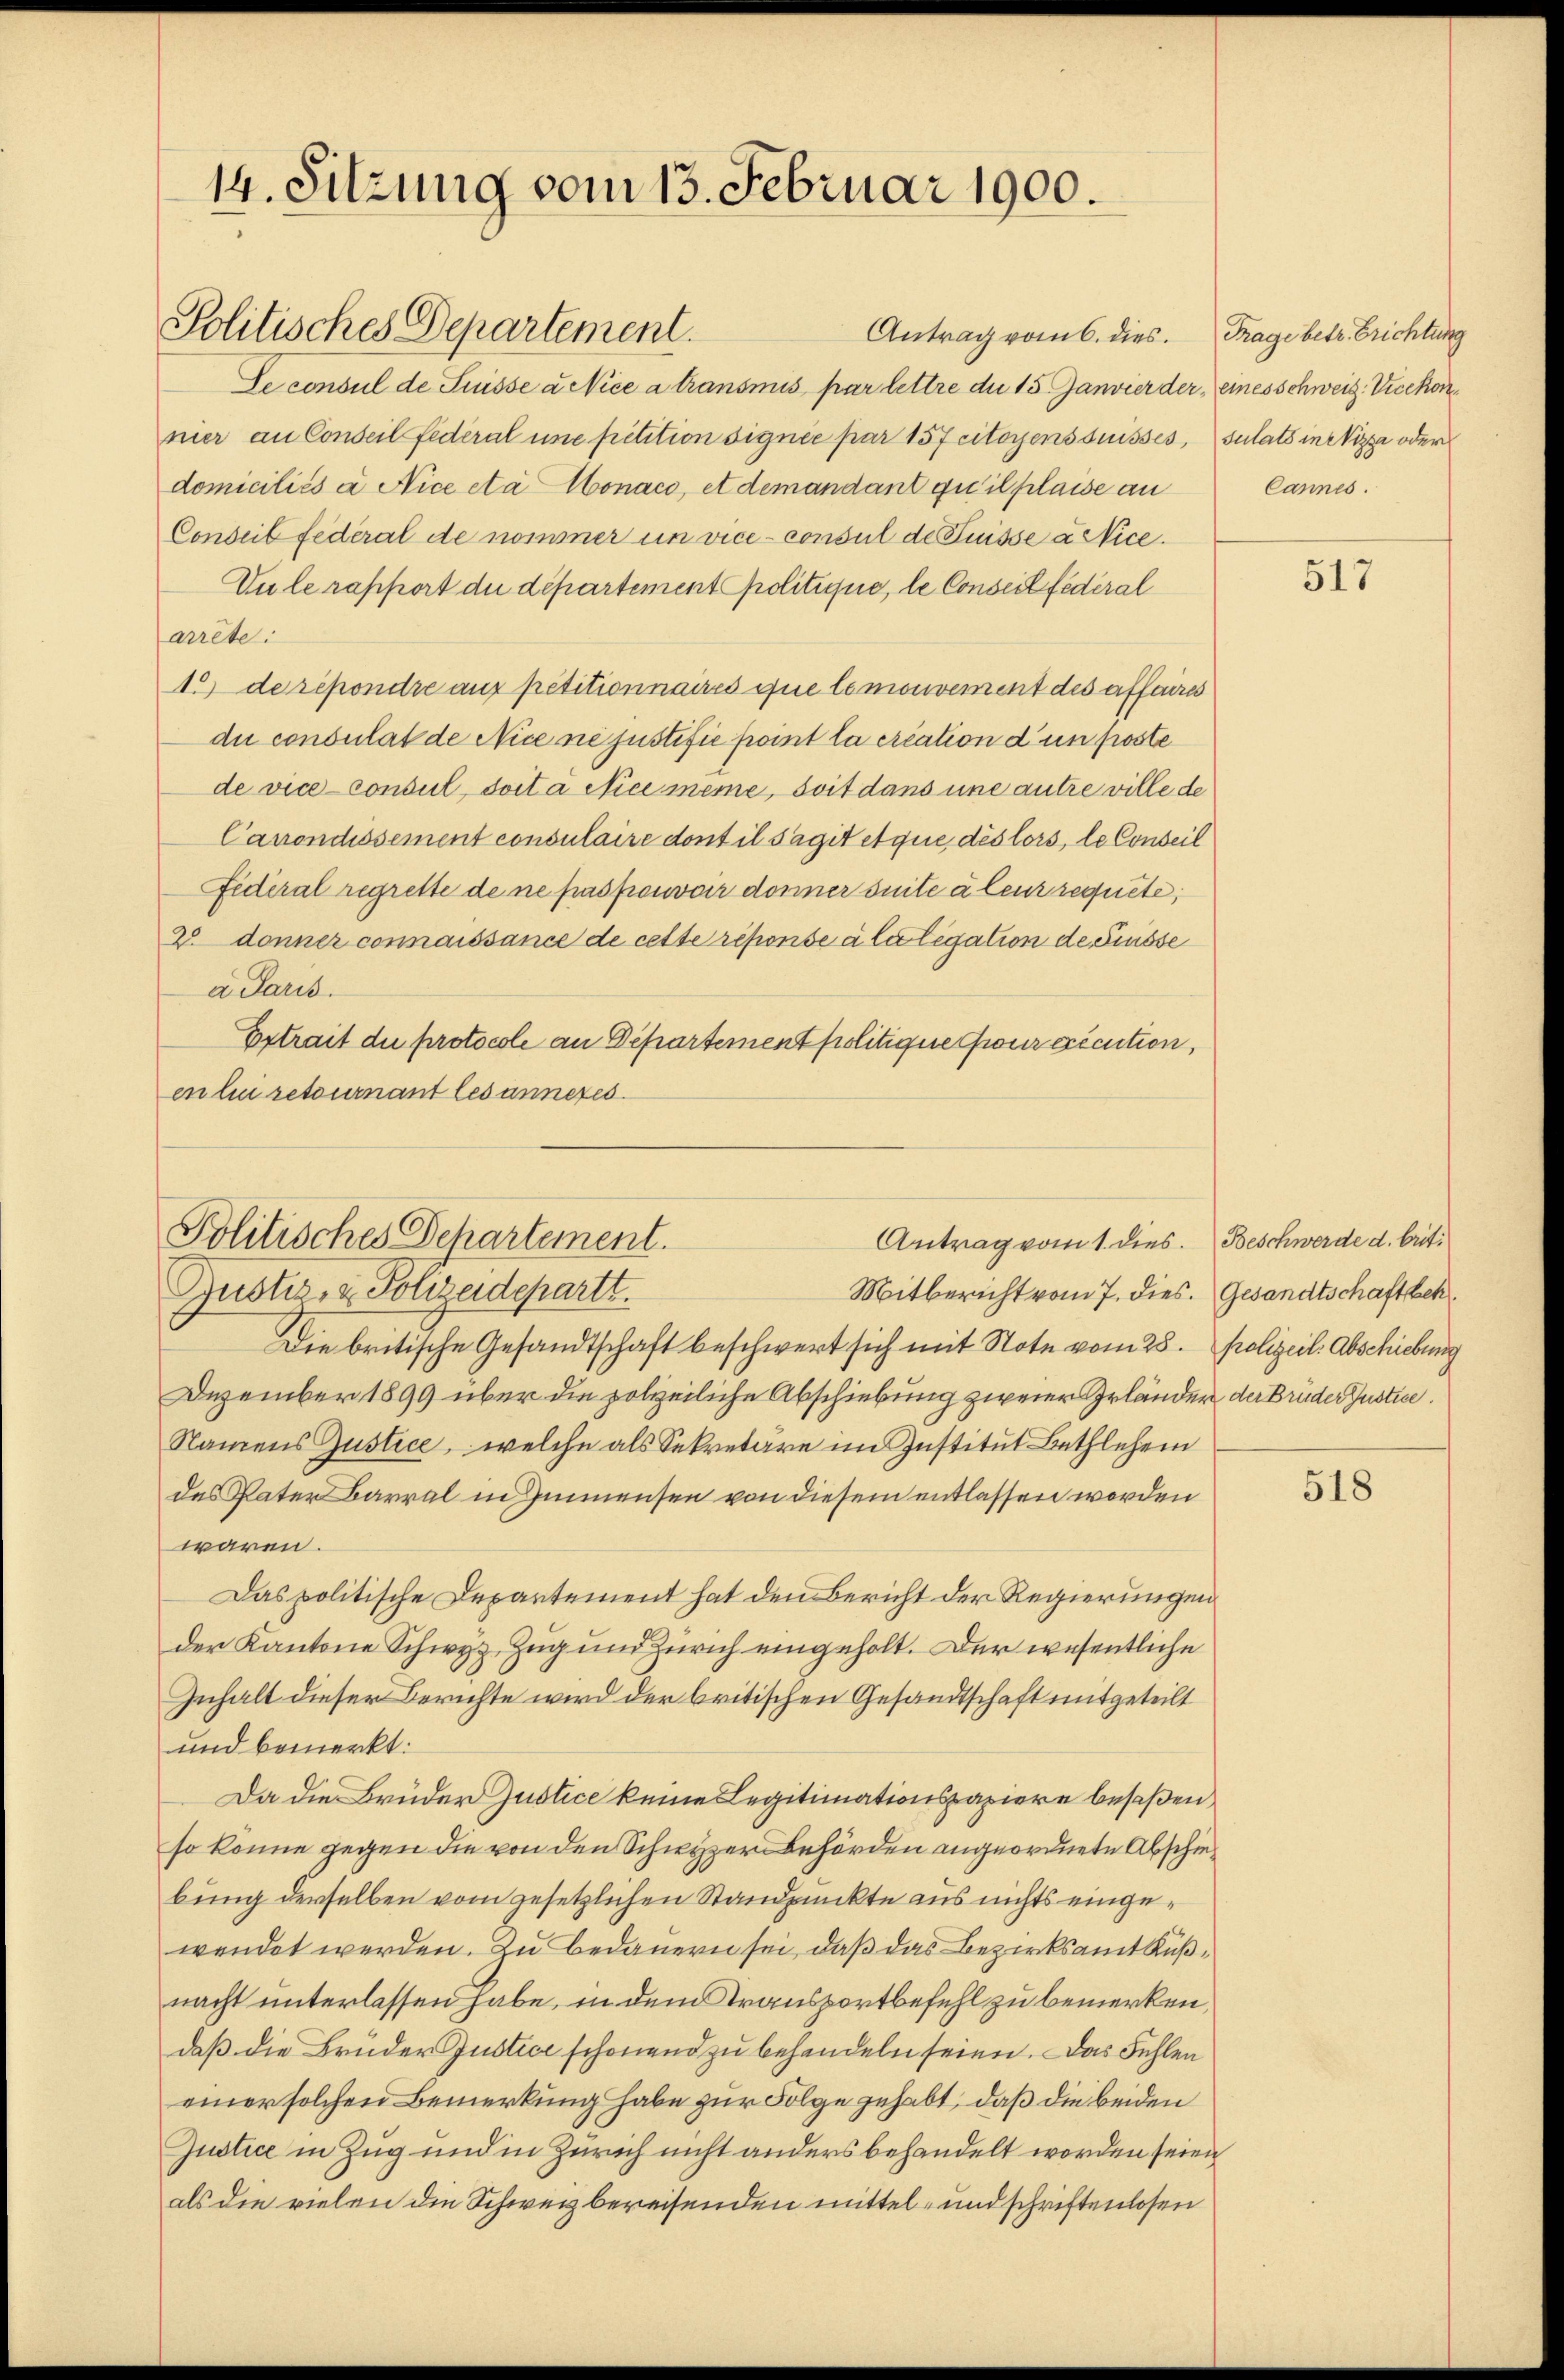
14. Sitzung vom 13. Februar 1900.

Politisches Departement.

Antrag vom 6. dies. Frage betr. Erichtung
Se consul de Suisse a Nice a transmis par lettre die 15. Janvier der eines schweiz. Vicekonnier an Conseil fédéral une petition signée par 157 citoyens suisses, sulats in Nizza oder
domiciliés a Nice eta Monaco, et demandant quillaise an Cannes.
Conseil federal de nommer um vice - consul de Puisse actice.
Du le rapport du département politique, le Conseil fédéral
arrête.
1.) de répondre auf petitionnaires que le mouvement des affaires
du consulat de Nice ne justifie point la création d un froste
de vice consul doit à Nici même, soit dans une antre ville de
Carrondissement consulaire dont il s’agit et que des lors, le Conseil
Fidéral regresse de ne pas pouvoir dariner seite alem requiete,
2 donner connaissance de cette réponse à la legation de Grüsse
a Paris.
Extrait die protocole an Departement politique pour execution,
en lui retournant les anneres.

Politisches Departement.
Antrag vom 1. dies. Beschwerde d. brit¬

Justiz- & Polizeidepartt.
Mitbericht vom 7. dies. Gesandtschaftsbeh
Die britische Gesandtschaft beschwert sich mit Note vom 28. Polizeil. Abschiebung
Dezember 1899 über die holzeiliche Abschiebung zweier Geländen der Brüder Justice.
Namens Justice, welche als Sekretäre im Institut Bethlehen
des Pater Barral in Zinnensen von diesem entlassen worden
waren.
Das politische Departement hat den Bericht der Regierungen
der Kantone Schwyz, Zug und Zürich eingeholt. Der wesentliche
Inhalt dieser Berichte wird der britischen Gesandtschaft mitgeteilt
und bemerkt:
Da die Brüder Justice keine Legitimationspapiere besaßen,
so könne gegen die von den Schwyzer Behörden angeordnete Abschiebung derselben vom gesetzlichen Standpunkte aus nichts eingewendet werden. Zu bedauern sei, daß das Bezirksamt Küßnacht unterlassen habe, in dem Transportbefehl zu bemerken,
daß die Brüder Justice schonend zu behandeln seien. Das Fehlen
einer solchen Bemerkung habe zur Folge gehabt, daß die beiden
Justice in Zug und in Zürich nicht anders behandelt worden seien
als die vielen die Schweiz bereisenden mittel- und schriftenlosen

517

518